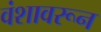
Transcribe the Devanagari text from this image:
वंशावरून